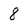
Character: 8